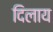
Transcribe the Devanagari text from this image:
दिलाय